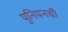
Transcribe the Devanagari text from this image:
युनियनची